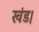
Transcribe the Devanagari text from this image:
खंड।